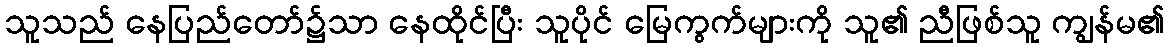
သူသည် နေပြည်တော်၌သာ နေထိုင်ပြီး သူပိုင် မြေကွက်များကို သူ၏ ညီဖြစ်သူ ကျွန်မ၏